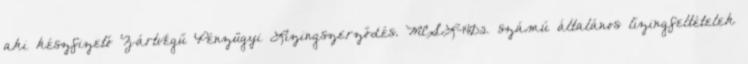
aki készfizető Zártvégű Pénzügyi Lízingszerződés. MCSL-1402 számú általános lízingfeltételek